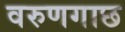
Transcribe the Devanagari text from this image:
वरुणगाछ